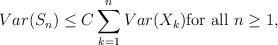
LaTeX: \begin{align*} Var(S_{n}) \leq C \sum_{k=1}^{n} Var(X_{k}) \mbox{for all } n \geq 1,\end{align*}